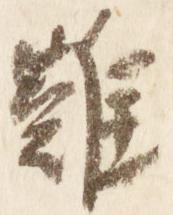
難